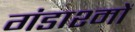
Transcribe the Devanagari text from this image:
गंडाश्मों